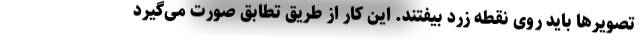
تصویرها باید روی نقطه زرد بیفتند. این کار از طریق تطابق صورت می‌گیرد